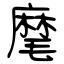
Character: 麾